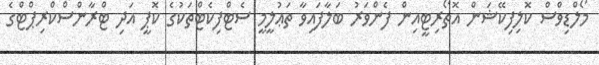
މޯލްޑިވްސް ކޮލިފިކޭޝަން އޮތޯރިޓީއިން ފެންވަރު ބަލާފައިވާ ތަޢުލީމީ ސެޓްފިކެޓްތަކުގެ ކޮޕީ އަދި ޓްރާންސްކްރިޕްޓްގެ